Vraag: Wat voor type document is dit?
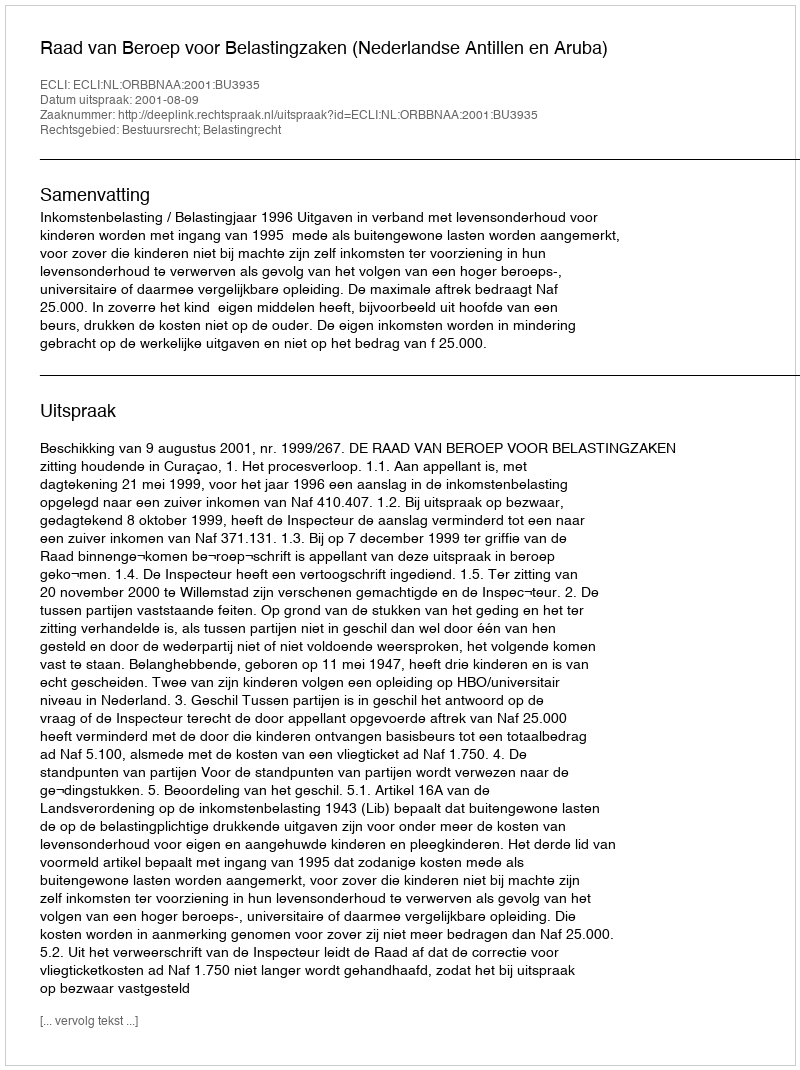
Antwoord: Uitspraak